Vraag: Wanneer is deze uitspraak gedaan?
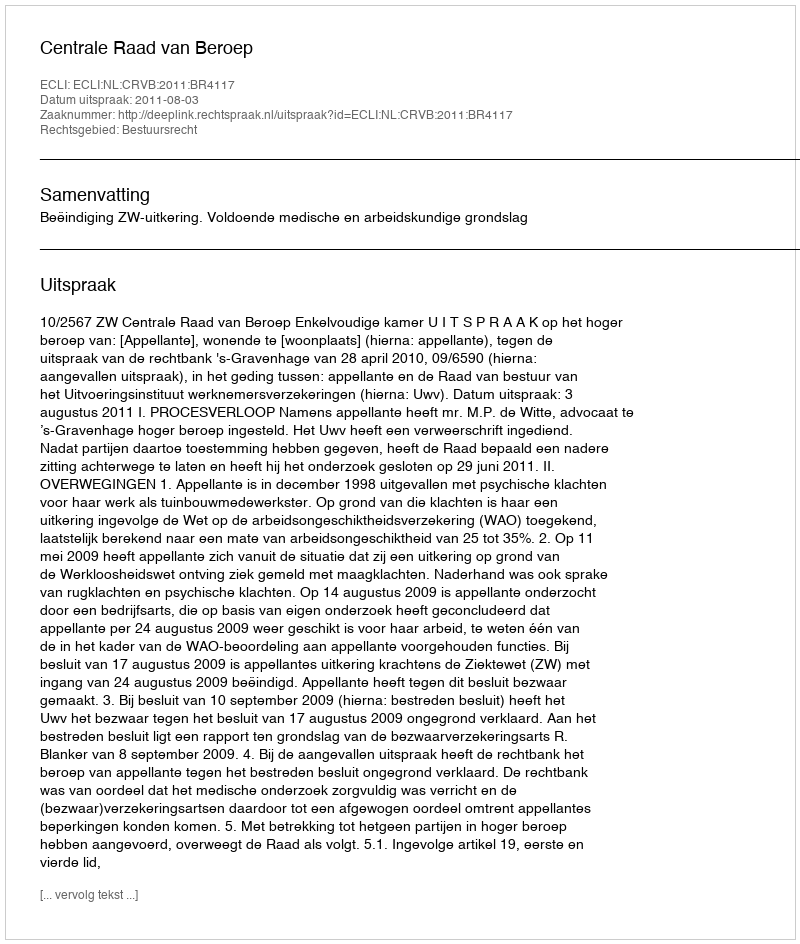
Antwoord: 2011-08-03